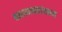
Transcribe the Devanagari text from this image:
बसस्थानकांवरून